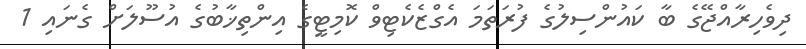
ދިވެހިރާއްޖޭގެ ބާ ކައުންސިލުގެ ފުރަތަމަ އެގްޒެކެޓިވް ކޮމިޓީގެ އިންތިޚާބުގެ އުސޫލަށް ގެނައި 1